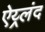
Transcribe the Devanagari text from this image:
ऐय्र्लंद